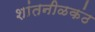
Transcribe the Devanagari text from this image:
शांतनीळकंठ